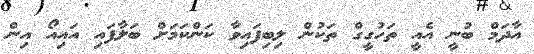
އާދަމް ބުނީ އެއީ ތަހުގީގް ތަކުން ލިބިފައިވާ ކަންކަމަށް ބަލާފައި އައިއޯ އިން